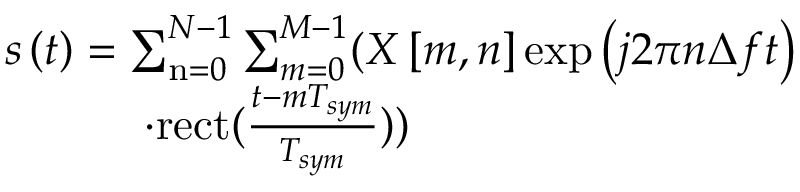
\begin{array} { r l } & { { s } \left( { t } \right) = \sum _ { \mathrm { { n } } = 0 } ^ { N - 1 } { \sum _ { m = 0 } ^ { M - 1 } ( { X \left[ { m , n } \right] } \exp \left( { j 2 \pi n \Delta f t } \right) } } \\ & { \quad \; \; \quad \; \; \cdot { { \mathrm { r e c t } } } ( \frac { { t - m { T _ { s y m } } } } { { { T _ { s y m } } } } ) ) } \end{array}